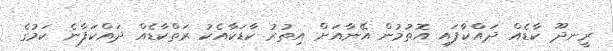
ރީނދޫ ކާޑެއް ދައްކާފައި އޮތުމުން އޭނާއަށް އިތުރު ކާޑަކާއެކު ރަތްކާޑެއް ދައްކަފާނެ ކަމުގެ